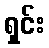
ရှင်း